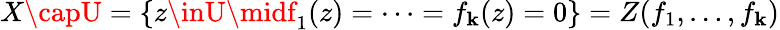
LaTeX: X\capU=\{ z\inU\midf_{1}(z)=\cdots=f_{\mathbf{k}}(z)=0\} =Z(f_{1},\dots,f_{\mathbf{k}})